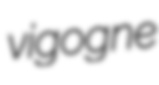
vigogne